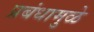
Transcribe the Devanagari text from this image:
प्रबंधामुळे